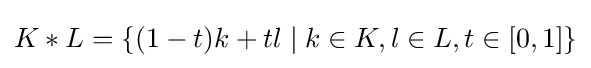
{\textstyle K*L=\{(1-t)k+tl\;|\;k\in K,l\in L,t\in [0,1]\}}